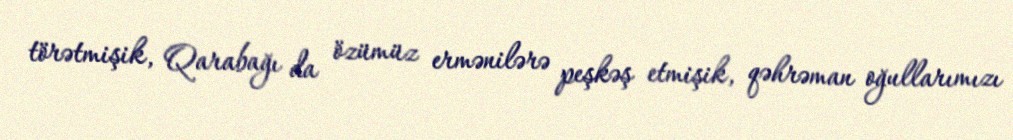
törətmişik, Qarabağı da özümüz ermənilərə peşkəş etmişik, qəhrəman oğullarımızı